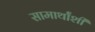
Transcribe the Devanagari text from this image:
सामार्थांशी